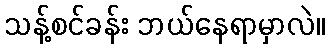
သန့်စင်ခန်း ဘယ်နေရာမှာလဲ။